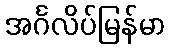
အင်္ဂလိပ်မြန်မာ